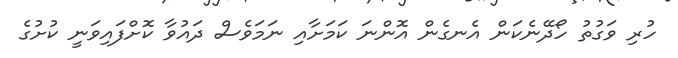
ހުރި ވަގުތު ހޯދޭނެކަން އެނގެން އޮންނަ ކަމަށާއި ނަމަވެސް ދައުވާ ކޮށްފައިވަނީ ކުށުގެ